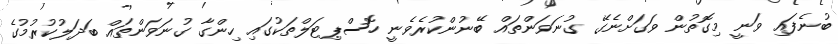
ބުނެފައި ވަނީ މިގޮތުން ވަގަށްނެގޭ ގުނަވަންތައް ބޭނުންކުރެވެނީ ހޮސްޕިޓަލްތަކުގައި ހިންގާ ގުނަވަންތައް ބަދަލުކުރުމުގެ